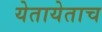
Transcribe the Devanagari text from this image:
येतायेताच